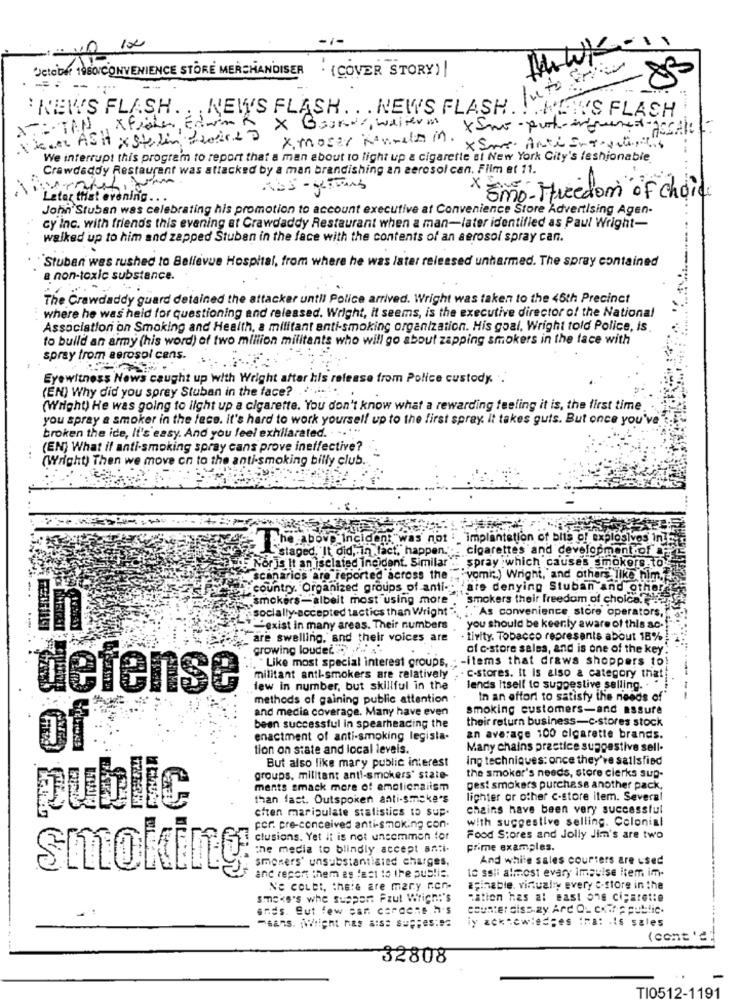
UctoDA 1980/CONVENIENCE STORE MERCHANDISER . (COVER STORY) |
==
--
NEWS FLASH . . . NEWS FLASH INTER
: NEWS FLASH ..
Y'S FLASH
- TAN Xfile, Edwink X Boards, walterm x Sane-putertrenedassAlit.
Vice Asit x Stalin Prodalo
x moser Kevin. x Sm Anti Ingesti,
We interrupt this program to report that a man about to light up a cigarette of New York City's fashionable
Crawdaddy Restaurant was attacked by a man brandishing an aerosol can. Film et 11.
Emo- Freedom of choice
Later that evening ..
John'Stuban was celebrating his promotion to account executive at Convenience Store Advertising Agen-
cy Inc. with friends this evening at Crawdaddy Restaurant when a man-later identified as Paul Wright-
walked up to him and zapped Stuben in the face with the contents of an aerosol spray can.
"Stuban wes rushed to Bellevue Hospital, from where he was later released unharmed. The spray contained
a non-toxic substance.
The Crawdaddy guard detained the attacker until Police arrived. Wright was taken to the 46th Precinct
where he was held for questioning and released. Wright, it seems, is the executive director of the National
Associationi on Smoking and Health, a militant anti-smoking organization. His goal, Wright told Police, is.
to build an army (his word) of two million militants who will go about zapping smokers in the face with
spray from aerosol cens.
Eyewitness News caught up with Wright after his release from Police custody. .
(EN) Why did you spray Stuban in the face? . ..... . ..
(Wright) He was going to ilght up a cigarette. You don't know what a rewarding feeling it is, the first time.
you spray a smoker in the face. it's hard to work yourself up to the first spray. It takes guis. But once you've
broken the ice, It's easy. And you feel exhilarated. . .. ""
(EN) What if anti-smoking spray cans prove ineffective? -
(Wright) Then we move on to the anti-smoking billy club.
The above Incident, was not :. implantation of bits of explosives in 6
d. It did, in fact, happen. . cigarettes and development of -
For js It an iselafed Incident. Similar .. spray which causes smokers to
scanarios are reported across the "> vomit.) Wright, and others like him,
country. Organized groups of anti- are denying Stuban and other
.. smokers-albeit most using more ."smokers their freedom of choice.",
socially-accepted tactics than Wright>>, "."As convenience store operators,
"exist in many areas. Their numbers ,you should be keenly aware of this ac.
are swelling, and their voices are
- tivity. Tobacco represents about 18%
growing loudet ... ..
of c-store sales, and is one of the key
Like most special interest groups, . - items that draws shoppers to
militant anti-smokers are relatively
. . C-stores. It is also a category that
defense
lew in number, but skillful in the
lends Itself to suggestive selling. . "
methods of gaining public attention
In an effort to satisfy the needs of
and media coverage. Many have even
smoking customers-and assure
their return business-c-stores stock
been successful in spearheading the
enactment of anti-smoking legisla-
an average 100 cigarette brands.
Of
tion on state and local levels.
Many chains practice suggestive sell-
But also like mary public interest
Ing techniques: once they've satisfied
the smoker's needs, store clerks sup-
groups, militant anti-smokers' state-
ments smack more of emolicnalism
gest smokers purchase another pack,
than fact. Outspoken anti-smmake's
lighter or other c-store item. Several
public
etten maripulate statistics to sup.
chains have been very successful
with suggestive selling. Colonial
por. pre-conceived anti-smoking con-
clusions. Yet it is not uncommon tor
Food Stores and Jolly Jim's are two
the media to blindly accept anti-
Frime examples.
smoners' unsubstantiated charges,
And white sales courters are used
smoking
te ssii almost evary impulse item im-
and report them es fast to the public.
Ve coLet, there are mary con-
aşinable. virtually every &-store in the
smoke's whe support Faut Wrich:'s
"ation has at east one cigarette
ands. Sut few sar cardene h's
counter diss gy. Arc Q- comp public.
-sans. Wright nas als: suppes:es
(cont 'd
32808
TI0512-1191